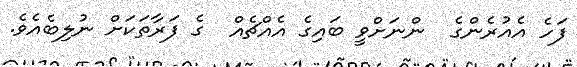
ފަހެ އެއުރެންގެ  ންނަށްވީ ބައިގެ އެއްޗެއް  ގެ ފަރާތަކަށް ނުލިބެއެވެ.